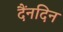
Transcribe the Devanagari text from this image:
दैंनदिन